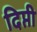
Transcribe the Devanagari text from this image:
दिप्ती